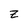
Character: z